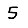
Digit: 5